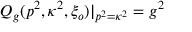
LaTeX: Q _ { g } ( p ^ { 2 } , \kappa ^ { 2 } , \xi _ { o } ) | _ { p ^ { 2 } = \kappa ^ { 2 } } = g ^ { 2 }